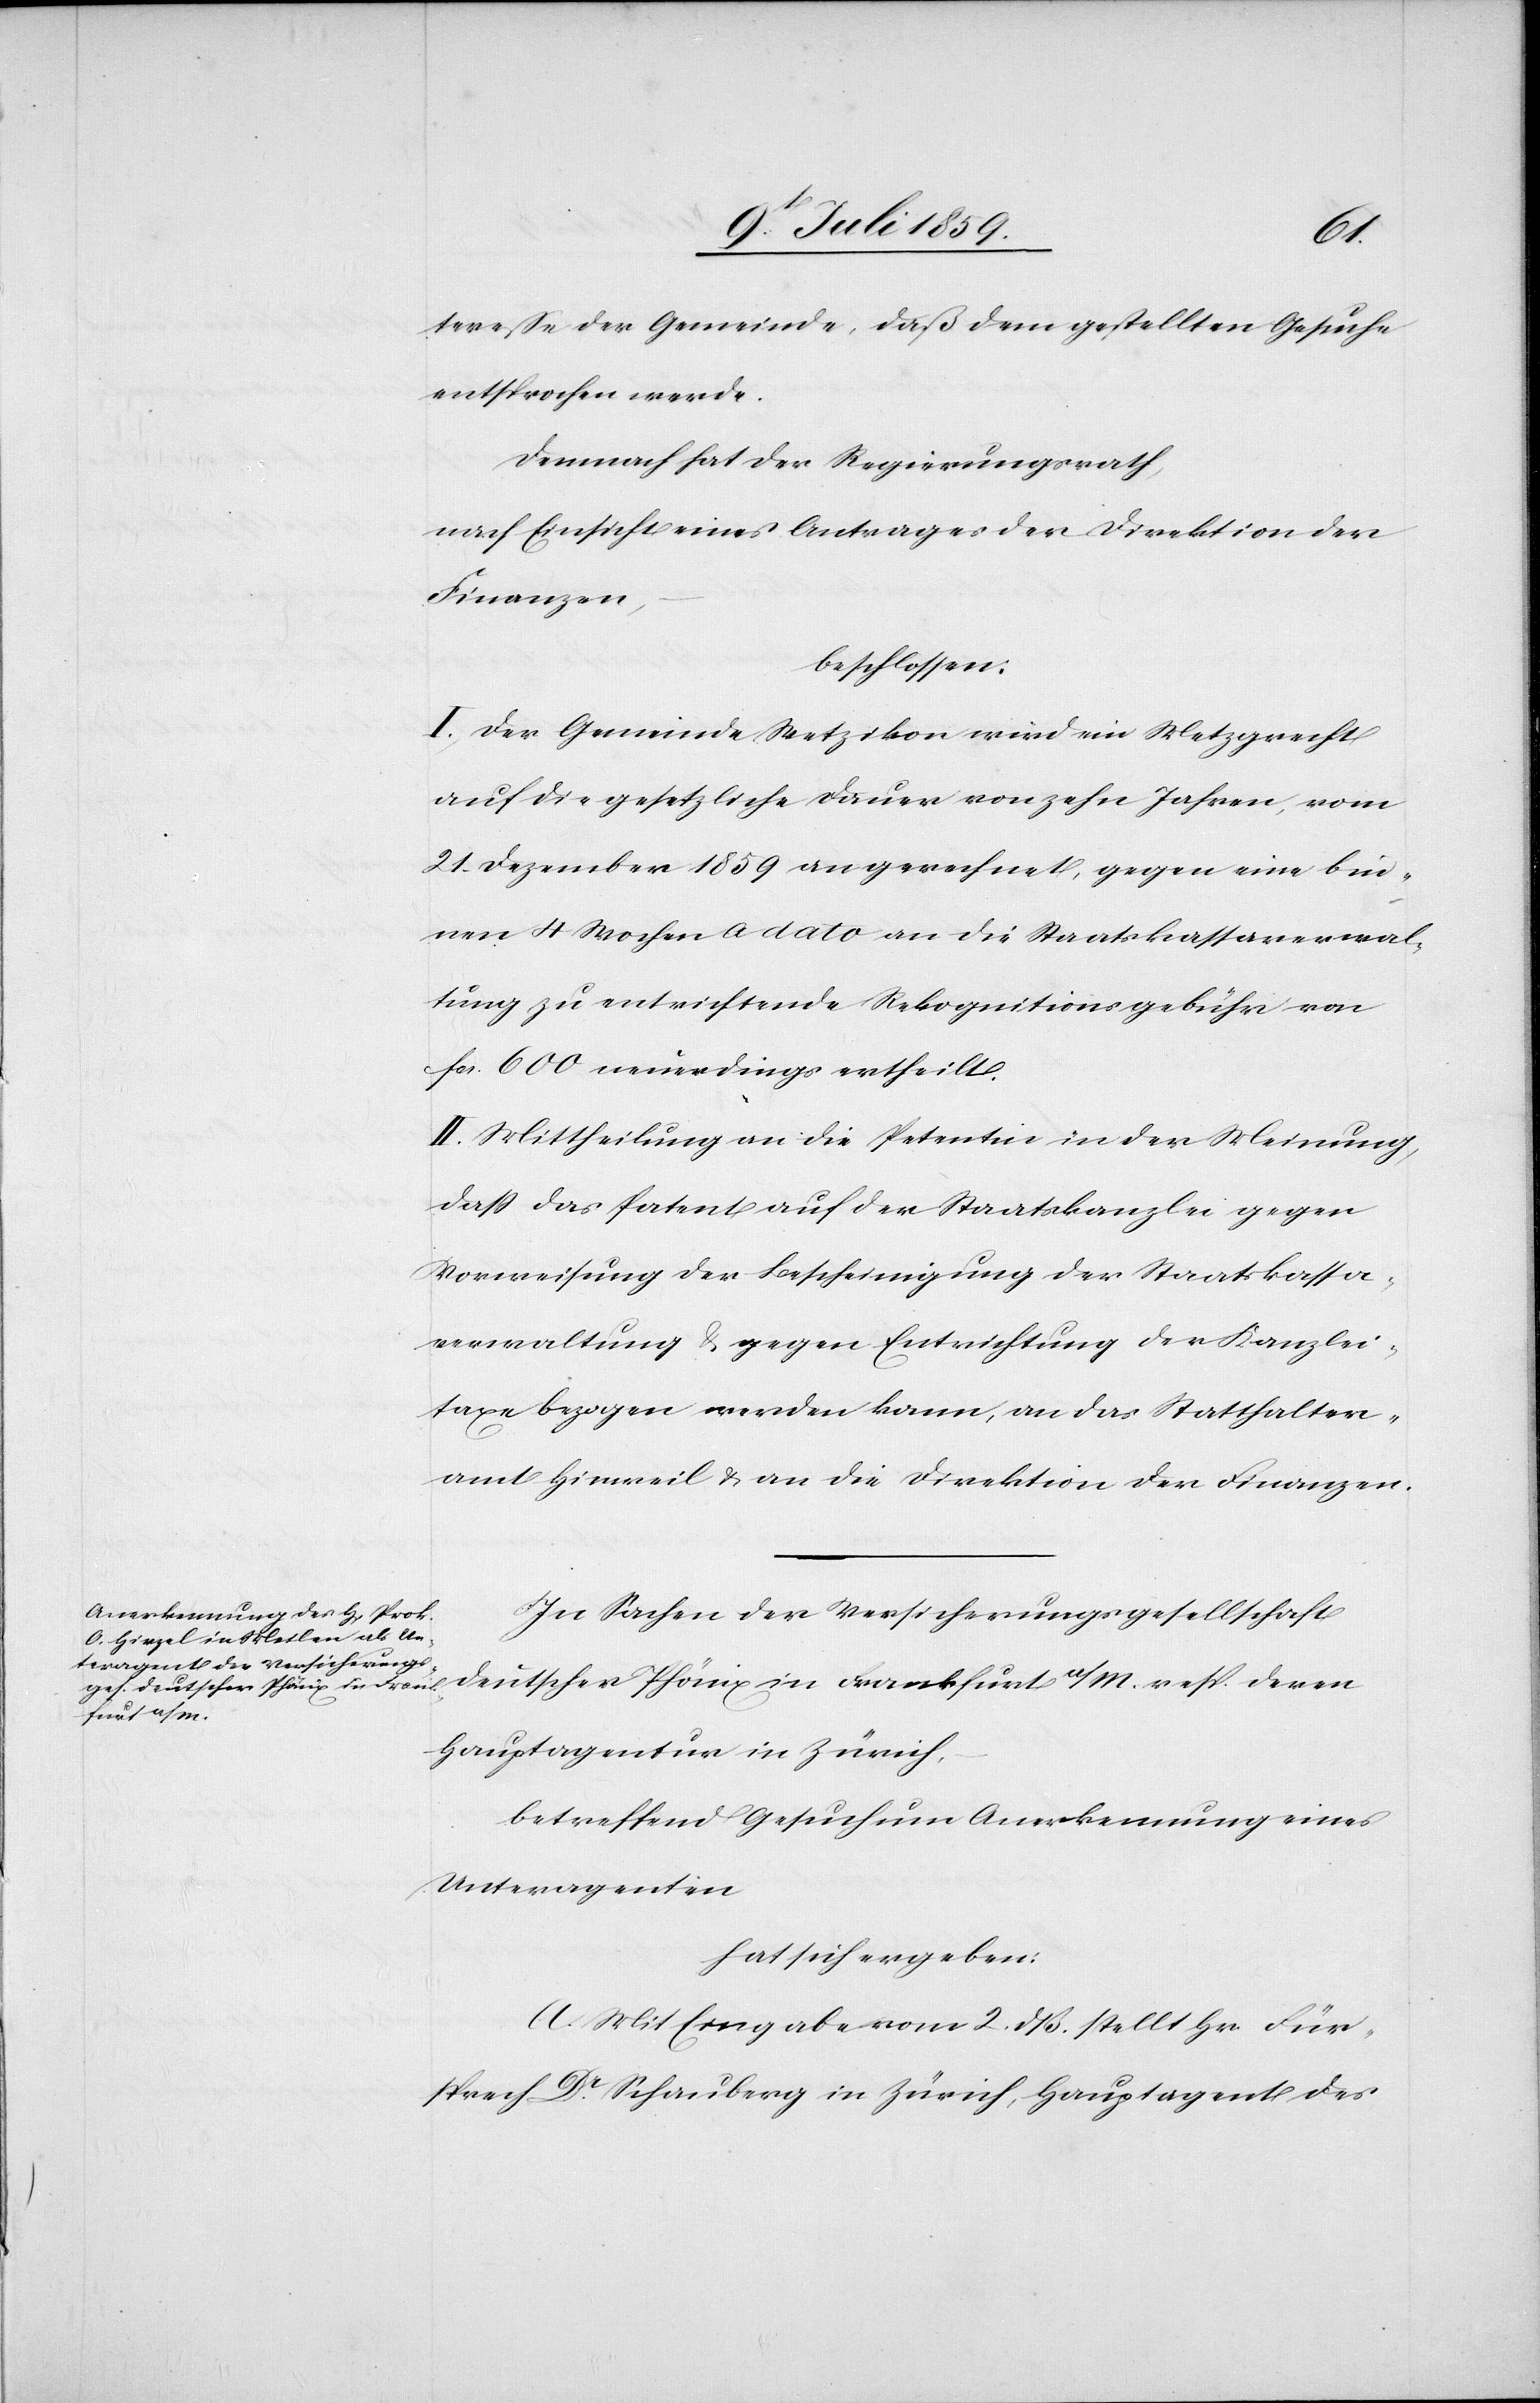
teresse der Gemeinde, daß dem gestellten Gesuche
entsprochen werde.
Demnach hat der Regierungsrath,
nach Einsicht eines Antrages der Direktion der
Finanzen,
beschlossen:
I. Der Gemeinde Wetzikon wird ein Metzgrecht
auf die gesetzliche Dauer von zehn Jahren, vom
21. Dezember 1859 an gerechnet, gegen eine bin¬
nen 4 Wochen à dato an die Staatskassaverwal¬
tung zu entrichtende Rekognitionsgebühr von
fcs. 600 neuerdings ertheilt.
II. Mittheilung an die Petentin in der Meinung,
daß das Patent auf der Staatskanzlei gegen
Vorweisung der Bescheinigung der Staatskassa¬
verwaltung u. gegen Entrichtung der Kanzlei¬
taxe bezogen werden kann, an das Statthalter¬
amt Hinweil u. an die Direktion der Finanzen.
In Sachen der Versicherungsgesellschaft
deutscher Phönix in Frankfurt a/M. resp. deren
Hauptagentur in Zürich,
betreffend Gesuch um Anerkennung eines
Unteragenten
hat sich ergeben:
A. Mit Eingabe vom 2. dß. stellt Hr. Für¬
sprech Dr. Schauberg in Zürich, Hauptagent des